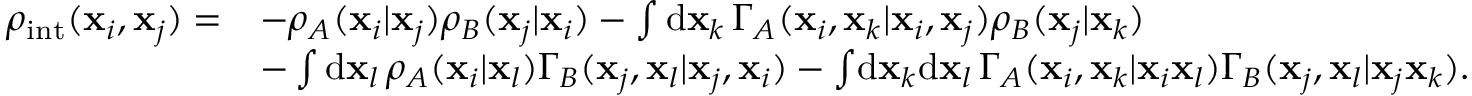
\begin{array} { r l } { \rho _ { \mathrm { i n t } } ( \mathbf { x } _ { i } , \mathbf { x } _ { j } ) = } & { - \rho _ { A } ( \mathbf { x } _ { i } | \mathbf { x } _ { j } ) \rho _ { B } ( \mathbf { x } _ { j } | \mathbf { x } _ { i } ) - \int \mathrm { d } \mathbf { x } _ { k } \, \Gamma _ { A } ( \mathbf { x } _ { i } , \mathbf { x } _ { k } | \mathbf { x } _ { i } , \mathbf { x } _ { j } ) \rho _ { B } ( \mathbf { x } _ { j } | \mathbf { x } _ { k } ) } \\ & { - \int \mathrm { d } \mathbf { x } _ { l } \, \rho _ { A } ( \mathbf { x } _ { i } | \mathbf { x } _ { l } ) \Gamma _ { B } ( \mathbf { x } _ { j } , \mathbf { x } _ { l } | \mathbf { x } _ { j } , \mathbf { x } _ { i } ) - \int \! \mathrm { d } \mathbf { x } _ { k } \mathrm { d } \mathbf { x } _ { l } \, \Gamma _ { A } ( \mathbf { x } _ { i } , \mathbf { x } _ { k } | \mathbf { x } _ { i } \mathbf { x } _ { l } ) \Gamma _ { B } ( \mathbf { x } _ { j } , \mathbf { x } _ { l } | \mathbf { x } _ { j } \mathbf { x } _ { k } ) . } \end{array}